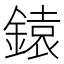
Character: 鎱